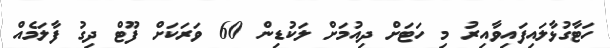
ހަޓާގުޅާލައިފައިވާއިރު މި ހަޓަށް ދިއުމަށް ލަކުޑިން 60 ވަރަކަށް ފޫޓް ދިގު ފާލަމެއް